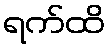
ရက်ထိ